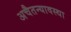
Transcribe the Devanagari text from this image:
अचैतन्यावस्था